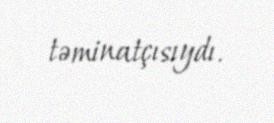
təminatçısıydı.